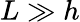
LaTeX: L\gg h